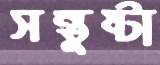
সন্তুষ্টা